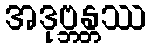
အဒုဗ္ဘန္တဿ